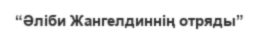
“Әліби Жангелдиннің отряды”